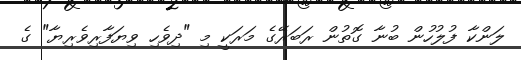
ލަންކާ ފުލުހުން ބުނާ ގޮތުން ރަބަރޭގެ މަރަކީ މި "ދިވެހި ވިޔަފާރިވެރިޔާ" ގެ